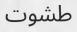
طشوت